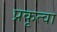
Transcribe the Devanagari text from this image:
प्रकृत्वा